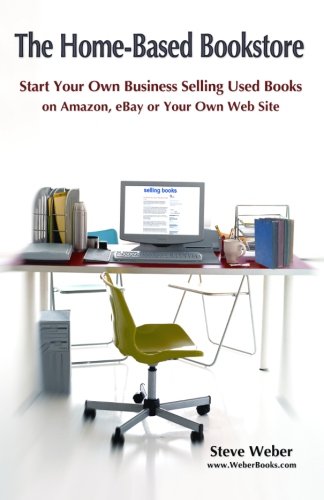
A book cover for The Home-Based Bookstore: Start Your Own Business Selling Used Books on Amazon, eBay or Your Own Web Site; Steve Weber; Computers & Technology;